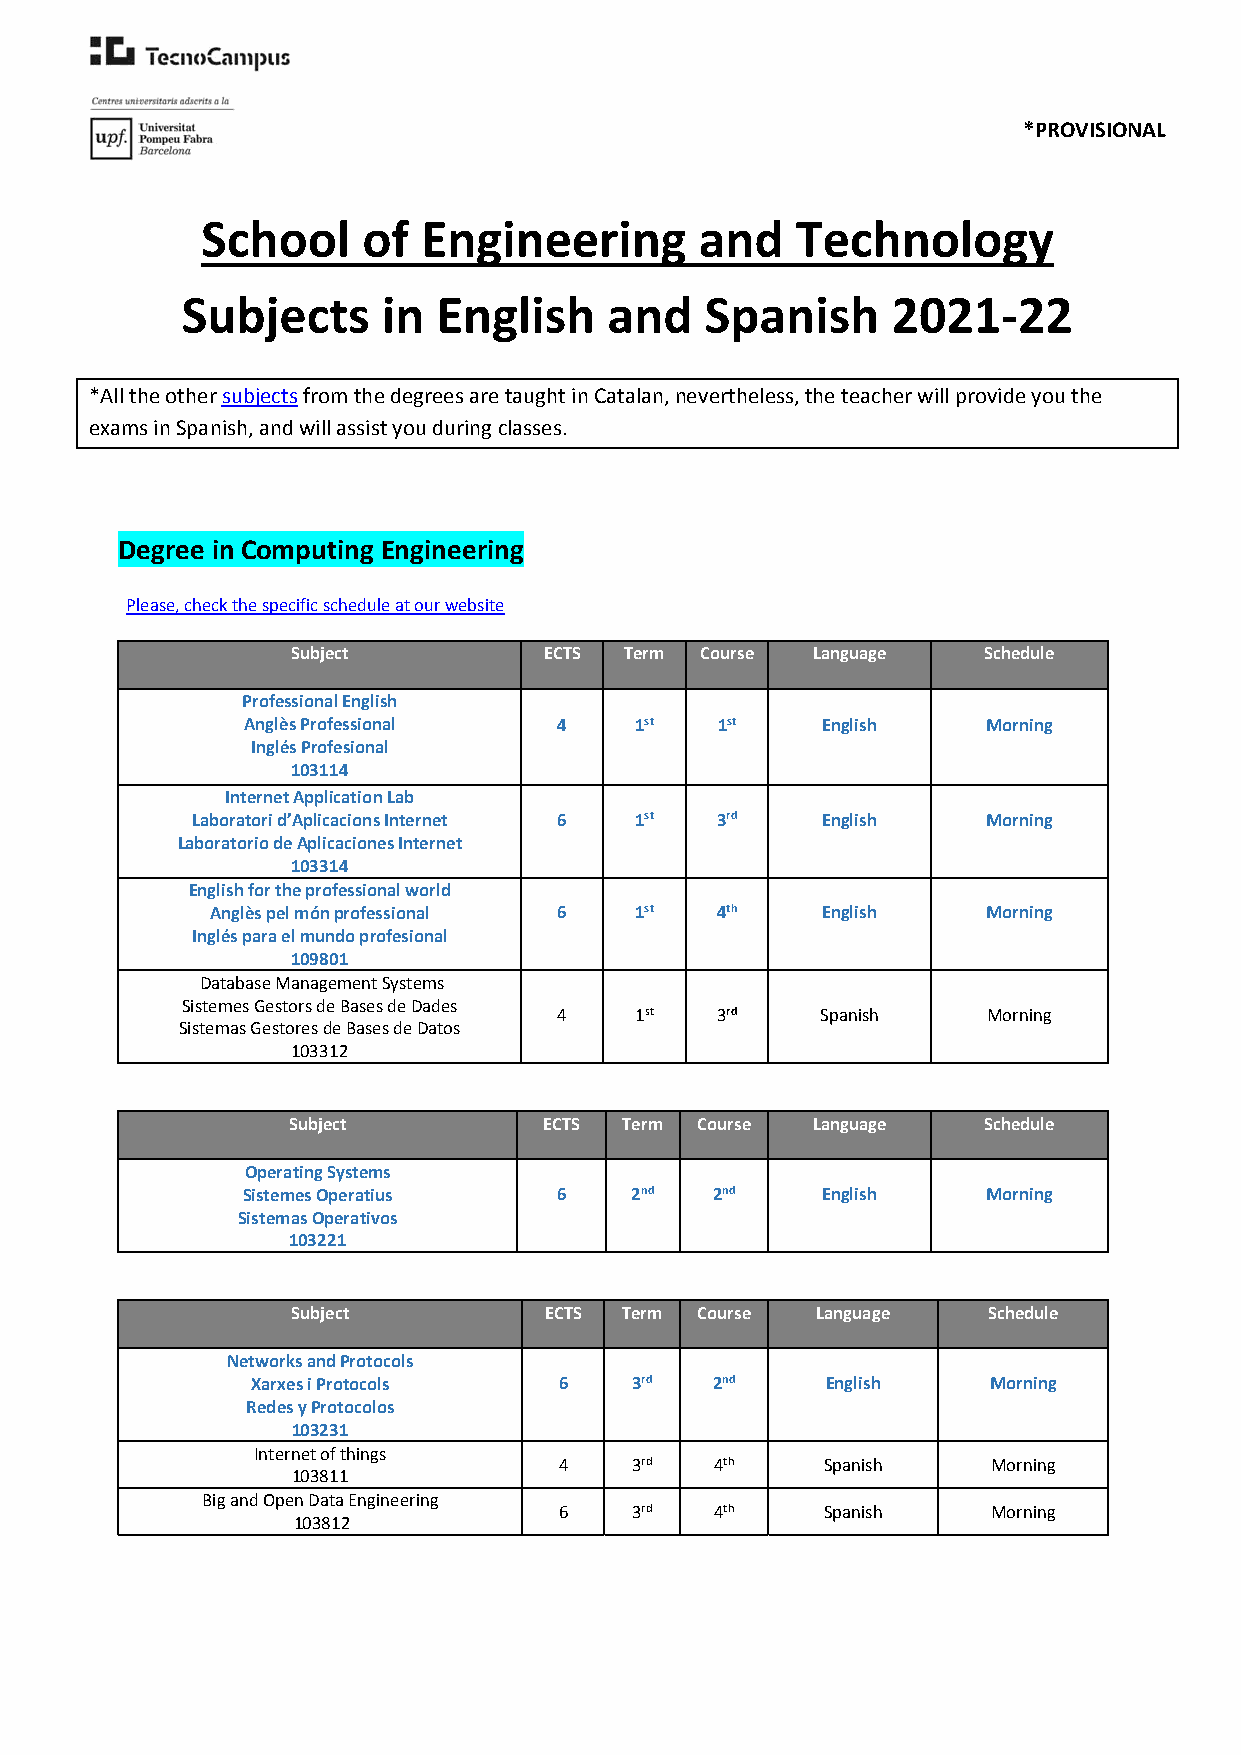
*PROVISIONAL
 School     of  Engineering       and    Technology
 Subjects     in  English    and    Spanish     2021‐22
 *All the other subjects from the degrees are taught in Catalan, nevertheless, the teacher will provide you the
 exams in Spanish, and will assist you during classes.
 Degree in Computing Engineering
 Please, check the specific schedule at our website
 Subject          ECTS Term Course  Language   Schedule
 Professional English
 Anglès Professional  4    1st  1st    English    Morning
 Inglés Profesional
 103114
 Internet Application Lab
 Laboratori d’Aplicacions Internet 6 1st 3rd English Morning
 Laboratorio de Aplicaciones Internet
 103314
 English for the professional world
 Anglès pel món professional 6 1st 4th   English    Morning
 Inglés para el mundo profesional
 109801
 Database Management Systems
 Sistemes Gestors de Bases de Dades
 4    1st  3rd    Spanish    Morning
 Sistemas Gestores de Bases de Datos
 103312
 Subject          ECTS Term Course  Language   Schedule
 Operating Systems
 Sistemes Operatius   6    2nd  2nd    English    Morning
 Sistemas Operativos
 103221
 Subject          ECTS Term Course  Language   Schedule
 Networks and Protocols
 Xarxes i Protocols  6    3rd  2nd     English   Morning
 Redes y Protocolos
 103231
 Internet of things
 4    3rd  4th    Spanish     Morning
 103811
 Big and Open Data Engineering
 6    3rd  4th    Spanish     Morning
 103812